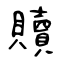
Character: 贖